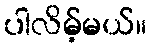
ပါလိမ့်မယ်။